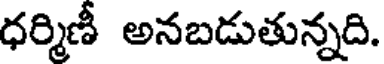
ధర్మిణీ అనబడుతున్నది.